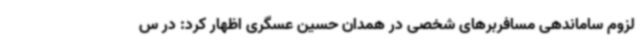
لزوم ساماندهی مسافربرهای شخصی در همدان حسین عسگری اظهار کرد: در س